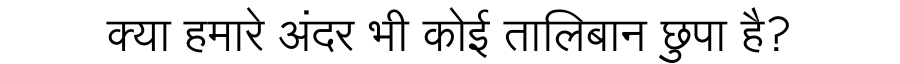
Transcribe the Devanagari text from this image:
क्या हमारे अंदर भी कोई तालिबान छुपा है?